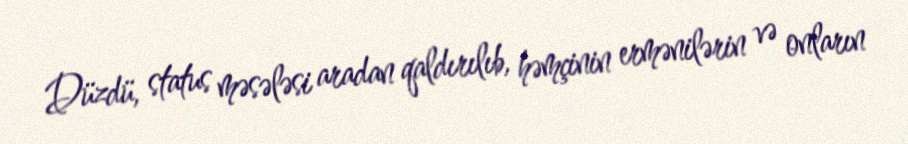
Düzdü, status məsələsi aradan qaldırılıb, həmçinin ermənilərin və onların